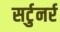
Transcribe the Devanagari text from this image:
सर्टुनर्र